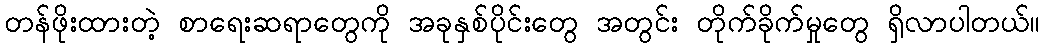
တန်ဖိုးထားတဲ့ စာရေးဆရာတွေကို အခုနှစ်ပိုင်းတွေ အတွင်း တိုက်ခိုက်မှုတွေ ရှိလာပါတယ်။